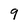
Character: 9